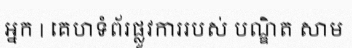
អ្នក | គេហទំព័រផ្លូវការរបស់ បណ្ឌិត សាម